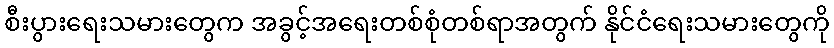
စီးပွားရေးသမားတွေက အခွင့်အရေးတစ်စုံတစ်ရာအတွက် နိုင်ငံရေးသမားတွေကို